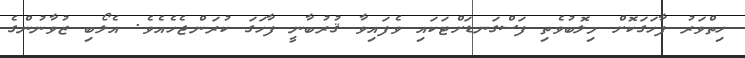
ހިތްވަރު ފާހަގަކޮށް މިލޮބުވެތި ފަސްގަނޑަށްޓަކައި ވެފައިވާ ޤުރުބާނީ ފާހަގަ ކުރަންޖެހެއެވެ. އެލޯބި ޒުވާނުންގެ